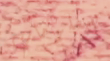
بمعلومات